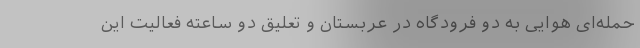
حمله‌ای هوایی به دو فرودگاه در عربستان و تعلیق دو ساعته فعالیت این